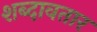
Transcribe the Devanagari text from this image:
शब्दावतार